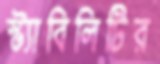
স্ট্যাবিলিটির